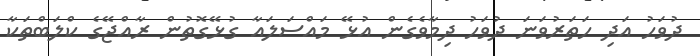
ދުވަހު އަދި ހަތަރުވަނަ ދުވަހު ދިމާވެގެން އުޅޭ މައްސަލައާ ގުޅޭގޮތުން ރާއްޖޭގެ ކްލަބްތަކާ